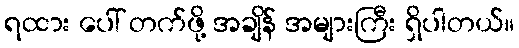
ရထား ပေါ် တက်ဖို့ အချိန် အများကြီး ရှိပါတယ်။